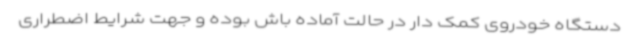
دستگاه خودروی کمک دار در حالت آماده باش بوده و جهت شرایط اضطراری